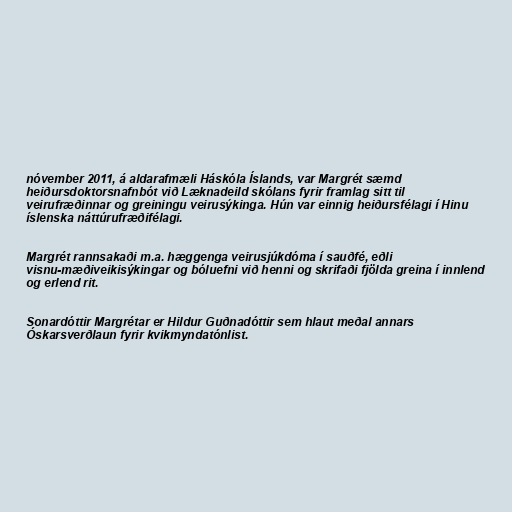
nóvember 2011, á aldarafmæli Háskóla Íslands, var Margrét sæmd
heiðursdoktorsnafnbót við Læknadeild skólans fyrir framlag sitt til
veirufræðinnar og greiningu veirusýkinga. Hún var einnig heiðursfélagi í Hinu
íslenska náttúrufræðifélagi.

Margrét rannsakaði m.a. hæggenga veirusjúkdóma í sauðfé, eðli
visnu-mæðiveikisýkingar og bóluefni við henni og skrifaði fjölda greina í innlend
og erlend rit.

Sonardóttir Margrétar er Hildur Guðnadóttir sem hlaut meðal annars
Óskarsverðlaun fyrir kvikmyndatónlist.